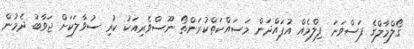
ގޯލްމާލްގެ ފަސްވަނަ ފިލްމެއް އުފައްދަން މަސައްކަތްކުރަންތޯ ނޫސްވެރިއަކު ކުރި ސުވާލަކަށް ޖަވާބު ދެމުން